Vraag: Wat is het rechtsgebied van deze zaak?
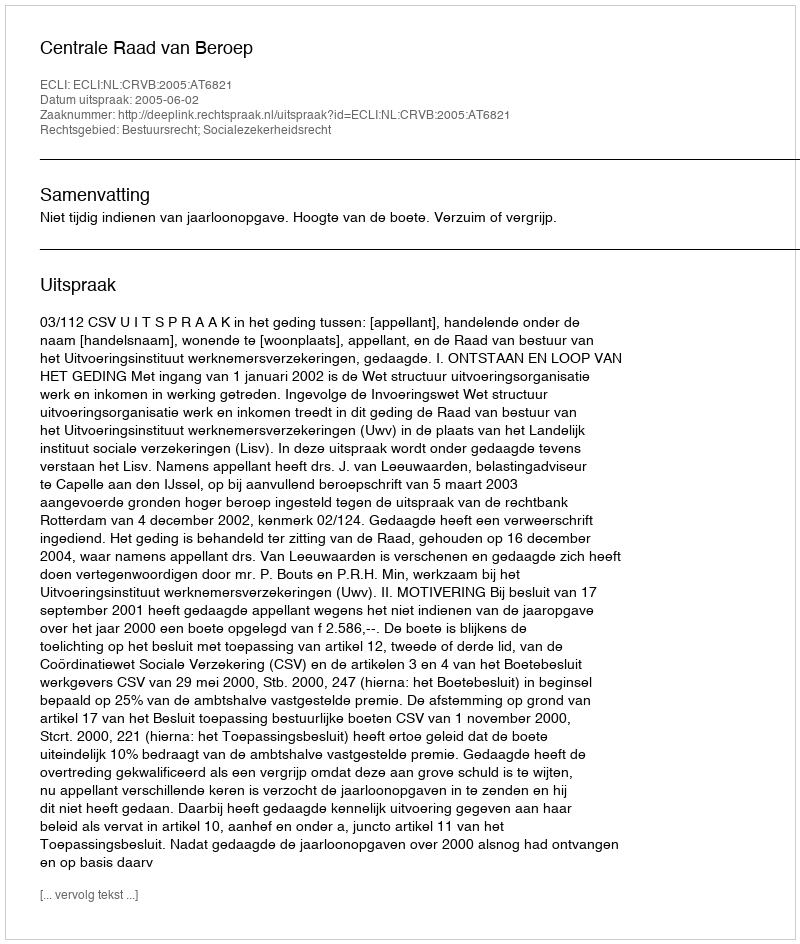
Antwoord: Bestuursrecht; Socialezekerheidsrecht